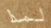
لمذا